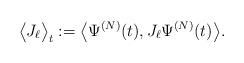
LaTeX: \begin{align*}\bigl\langle J_\ell\bigr\rangle_t:=\bigl\langle\Psi^{(N)}(t),J_\ell \Psi^{(N)}(t)\bigr\rangle.\end{align*}